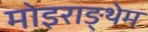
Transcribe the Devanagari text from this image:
मोइराङ्थेम